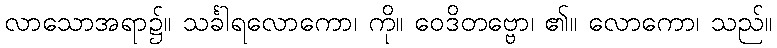
လာသောအရာ၌။ သင်္ခါရလောကော၊ ကို။ ဝေဒိတဗ္ဗော၊ ၏။ လောကော၊ သည်။